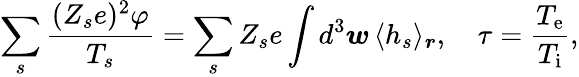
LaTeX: \sum_{s}\frac{(Z_{s}e)^{2}\varphi}{T_{s}}=\sum_{s}Z_{s}e\int d^{3}\boldsymbol{w}\, \langle h_{s}\rangle_{\boldsymbol{r}},\quad\tau=\frac{T_{\mathrm{e}}}{T_{\mathrm{i}}},